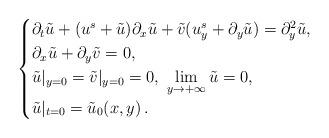
LaTeX: \begin{align*}\begin{cases} \partial_t\tilde{u} + (u^s + \tilde{u}) \partial_x\tilde{u} + \tilde v (u^s_y +\partial_y \tilde{u})= \partial^2_y\tilde{u}, \\\partial_x\tilde{u} +\partial_y\tilde{v} =0, \\\tilde{u}|_{y=0} = \tilde{v}|_{y=0} =0 , \ \lim\limits_{y\to+\infty} \tilde{u} = 0, \\\tilde{u}|_{t=0} =\tilde{u}_0 (x,y)\, .\end{cases}\end{align*}